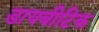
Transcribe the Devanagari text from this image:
डायबीटिक